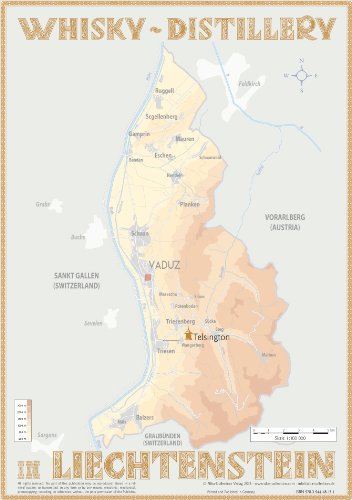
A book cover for Whisky Distillery Liechtenstein Tasting Map 34 x 24cm; Travel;